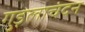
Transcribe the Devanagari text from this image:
गुड़लाचंदन